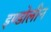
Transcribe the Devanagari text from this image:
इण्डोलीन